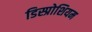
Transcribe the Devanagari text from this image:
डिस्प्रोशियम